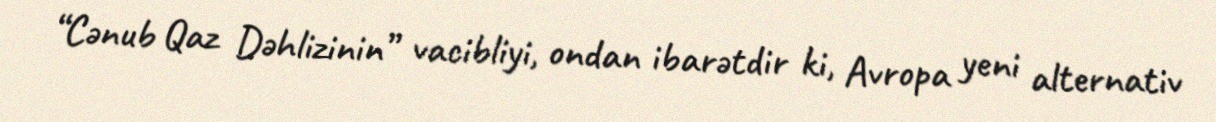
“Cənub Qaz Dəhlizinin” vacibliyi, ondan ibarətdir ki, Avropa yeni alternativ